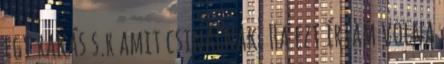
egy rakás s.r amit csinálnak. Ha ezt í­rtam volna